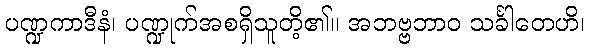
ပဏ္ဍကာဒီနံ၊ ပဏ္ဍုက်အစရှိသူတိ့၏။ အဘဗ္ဗဘာဝ သင်္ခါတေဟိ၊